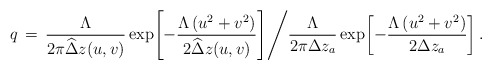
\begin{align*}q \,=\, \frac{\Lambda}{2\pi\widehat\Delta z(u,v)} \exp{\!\left[-\frac{\Lambda \left(u^2+v^2\right)}{2\widehat\Delta z(u,v)}\right]}\Biggr/\frac{\Lambda}{2\pi\Delta z_a}\exp{\!\left[-\frac{\Lambda \left(u^2+v^2\right)}{2 \Delta z_a}\right]}\,.\end{align*}